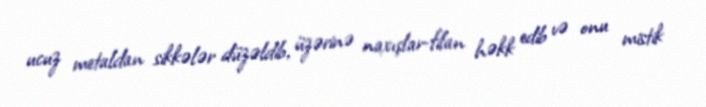
ucuz metaldan sikkələr düzəldib, üzərinə naxışlar-filan həkk edib və onu mistik